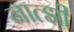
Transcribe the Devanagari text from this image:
नात्झी